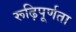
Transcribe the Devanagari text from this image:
रूढ़िपूर्णता